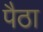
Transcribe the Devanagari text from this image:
पैठा